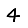
Digit: 4